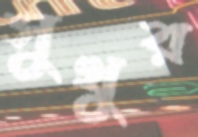
সুখুর